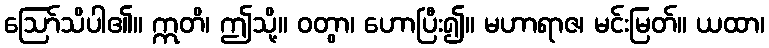
ဩော်သိပါ၏။ ဣတိ၊ ဤသို့။ ဝတွာ၊ ဟောပြီး၍။ မဟာရာဇ၊ မင်းမြတ်။ ယထာ၊